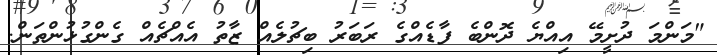
"މަންމަ ދުށީމޭ އިއްޔެ ދޮންބެ ފާޑެއްގެ ރަބަރު ބިޗުލެއް ޒާތު އެއްޗެއް ގެންގުޅުންތަން.